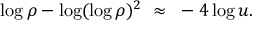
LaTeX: \log \rho - \log ( \log \rho ) ^ { 2 } ~ \approx ~ - 4 \log u .